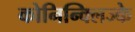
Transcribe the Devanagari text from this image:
कोनिन्क्लिज्के